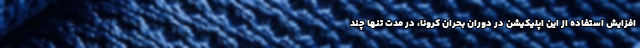
افزایش استفاده از این اپلیکیشن در دوران بحران کرونا، در مدت تنها چند